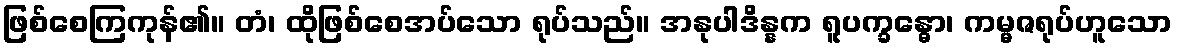
ဖြစ်စေကြကုန်၏။ တံ၊ ထိုဖြစ်စေအပ်သော ရုပ်သည်။ အနုပါဒိန္နက ရူပက္ခန္ဓော၊ ကမ္မဇရုပ်ဟူသော